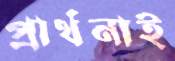
প্রার্থনাই